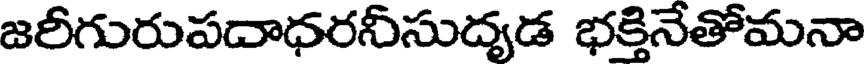
జరీగురుపదాధరనీసుద్యడ భక్తినేతోమనా